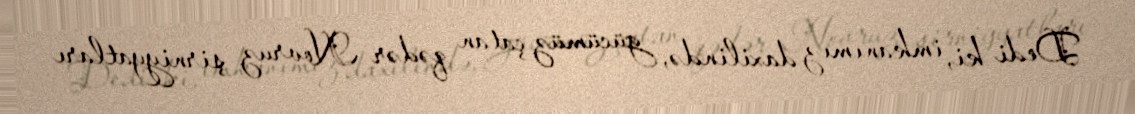
Dedi ki, imkanımız daxilində, gücümüz çatan qədər Novruz şirniyyatları